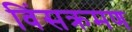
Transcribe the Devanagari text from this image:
विंसक्रमण